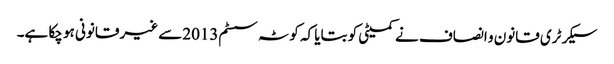
سیکرٹری قانون و انصاف نے کمیٹی کو بتایا کہ کوٹہ سسٹم2013سے غیر قانونی ہو چکا ہے۔